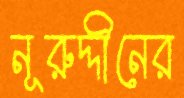
নূরুদ্দীনের